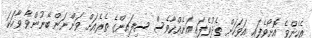
އެހެންވެ އޮށޯވެފައި އަވަހަށް ތެދުވެފައި އަނެއްކާވެސް ސިފައިންގެ ތެރެއަށް ވަންނަން ބޭނުންވާ ވާހަކަ